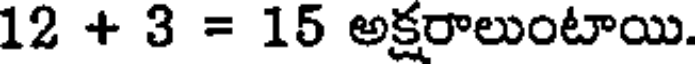
12 + 3 = 15 అక్షరాలుంటాయి.